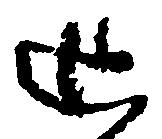
追